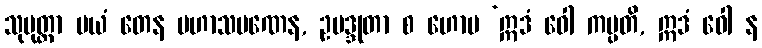
သုမုတ္တာ မယံ တေန မဟာသမဏေန, ဥပဒ္ဒုတာ စ ဟောမ ‘ဣဒံ ဝေါ ကပ္ပတိ, ဣဒံ ဝေါ န